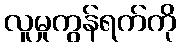
လူမှုကွန်ရက်ကို